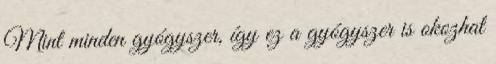
Mint minden gyógyszer, így ez a gyógyszer is okozhat